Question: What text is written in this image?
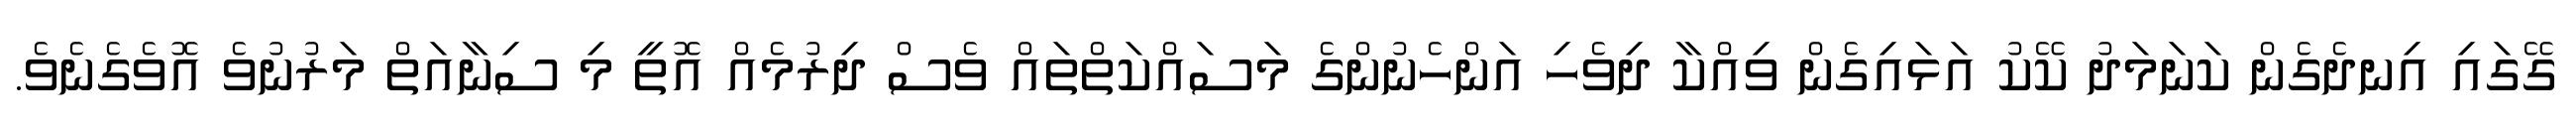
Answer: ގޭގައި އިނދެގެން ކަނަމަދު ކޭކު އަޅައިގެން ވިއްކާ ދިވެހި އަންހެނުންގެ މަސައްކަތްތައް ވެސް ދިރުމެއް އޮތީ މި ސިނާއަތް މަރުނުވެ އޮވެގެނެވެ.